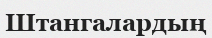
Штангалардың